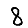
Digit: 8